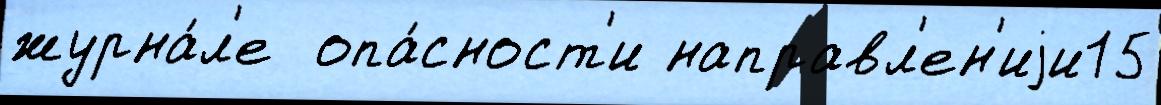
журна́л'е  опа́сност'и направл'ен'иjи15